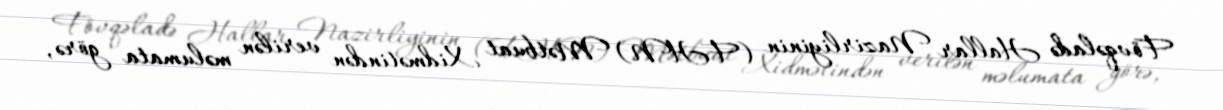
Fövqəladə Hallar Nazirliyinin (FHN) Mətbuat Xidmətindən verilən məlumata görə,